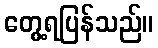
တွေ့ရပြန်သည်။